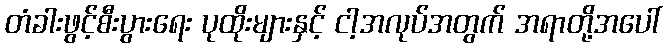
တံခါးဖွင့်စီးပွားရေး ပုထိုးများနှင့် ငါ့အလုပ်အတွက် အရာတို့အပေါ်